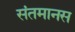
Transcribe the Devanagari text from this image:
संतमानस